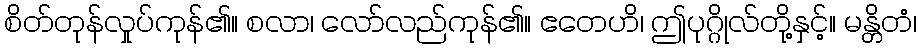
စိတ်တုန်လှုပ်ကုန်၏။ စလာ၊ လော်လည်ကုန်၏။ ဧတေဟိ၊ ဤပုဂ္ဂိုလ်တို့နှင့်။ မန္တိတံ၊